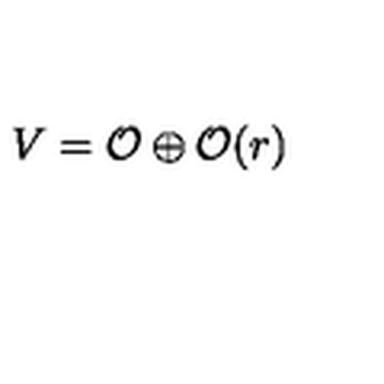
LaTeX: V = { \cal { O } } \oplus { \cal { O } } ( r )